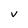
Character: V